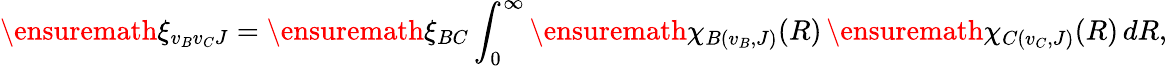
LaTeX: \ensuremath{\xi}_{v_{B}v_{C}J}=\ensuremath{\xi}_{BC}\int_{0}^{\infty}\ensuremath{\chi}_{B(v_{B},J)}(R)\, \ensuremath{\chi}_{C(v_{C},J)}(R)\, dR,